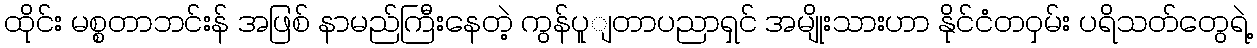
ထိုင်း မစ္စတာဘင်းန် အဖြစ် နာမည်ကြီးနေတဲ့ ကွန်ပူျတာပညာရှင် အမျိုးသားဟာ နိုင်ငံတဝှမ်း ပရိသတ်တွေရဲ့